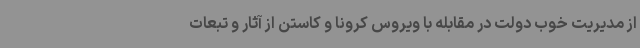
از مدیریت خوب دولت در مقابله با ویروس کرونا و کاستن از آثار و تبعات